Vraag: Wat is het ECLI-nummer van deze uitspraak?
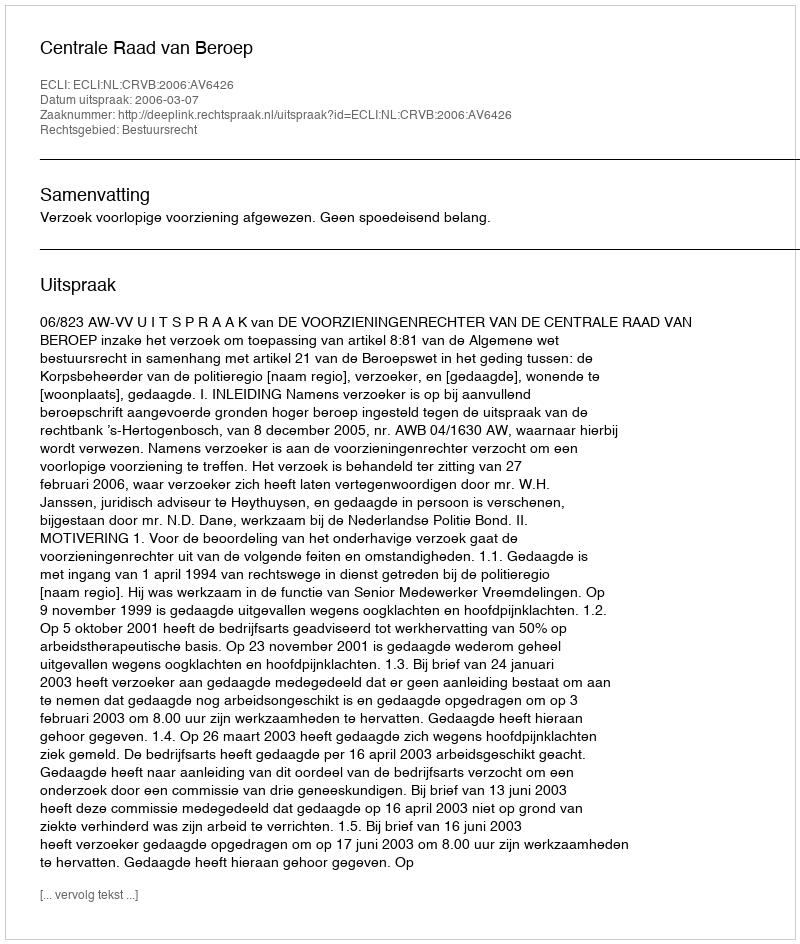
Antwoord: ECLI:NL:CRVB:2006:AV6426